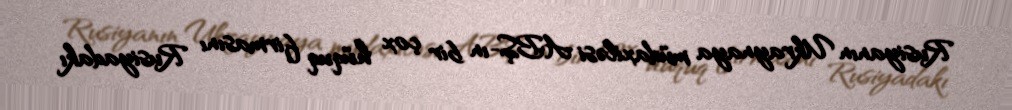
Rusiyanın Ukraynaya müdaxiləsi ABŞ-ın bir çox hüquq firmasını Rusiyadakı